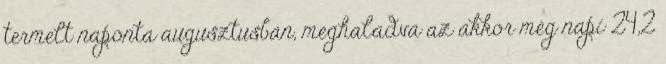
termelt naponta augusztusban, meghaladva az akkor még napi 24,2